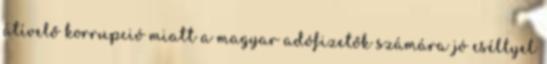
átívelő korrupció miatt a magyar adófizetők számára jó eséllyel